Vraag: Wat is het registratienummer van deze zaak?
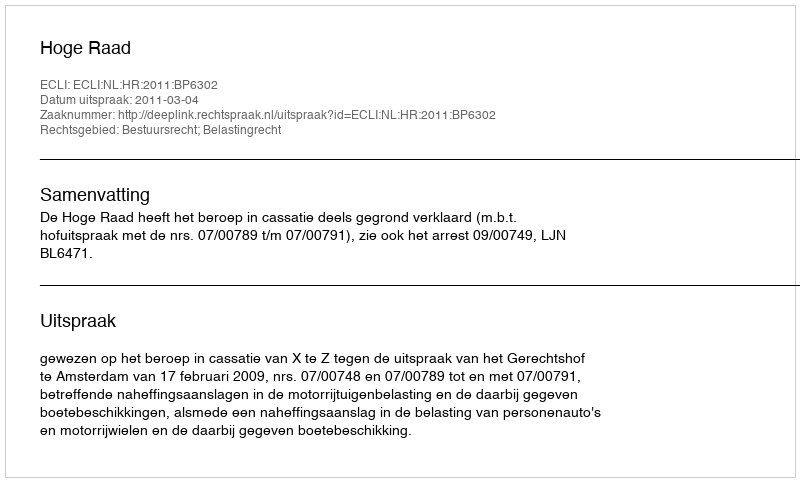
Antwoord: http://deeplink.rechtspraak.nl/uitspraak?id=ECLI:NL:HR:2011:BP6302